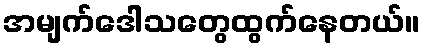
အမျက်ဒေါသတွေထွက်နေတယ်။